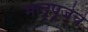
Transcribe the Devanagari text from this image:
मातृपूजेचे